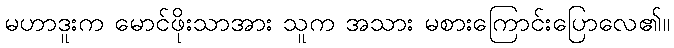
မဟာဒူးက မောင်ဖိုးသာအား သူက အသား မစားကြောင်းပြောလေ၏။